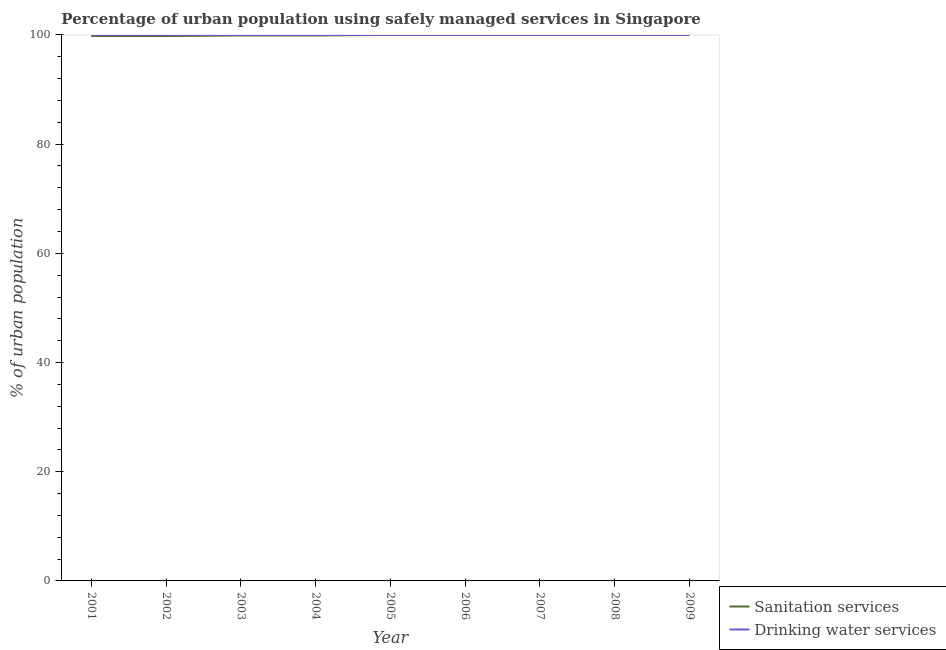
| Year | Sanitation services | Drinking water services |
 | --- | --- | --- |
 | 2001 | 99.8 | 100 |
 | 2002 | 99.8 | 100 |
 | 2003 | 99.9 | 100 |
 | 2004 | 99.9 | 100 |
 | 2005 | 100 | 100 |
 | 2006 | 100 | 100 |
 | 2007 | 100 | 100 |
 | 2008 | 100 | 100 |
 | 2009 | 100 | 100 |